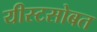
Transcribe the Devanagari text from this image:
यीस्टसोबत